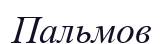
Пальмов